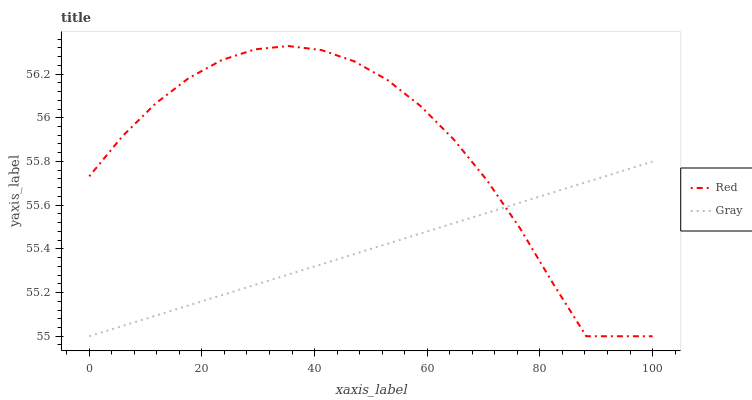
| xaxis_label | Red | Gray |
 | --- | --- | --- |
 | 0 | 55.7 | 55 |
 | 5.88 | 55.9 | 55 |
 | 11.8 | 56.1 | 55.1 |
 | 17.6 | 56.2 | 55.1 |
 | 23.5 | 56.3 | 55.2 |
 | 29.4 | 56.3 | 55.2 |
 | 35.3 | 56.3 | 55.3 |
 | 41.2 | 56.3 | 55.3 |
 | 47.1 | 56.3 | 55.4 |
 | 52.9 | 56.2 | 55.4 |
 | 58.8 | 56.1 | 55.5 |
 | 64.7 | 55.9 | 55.5 |
 | 70.6 | 55.7 | 55.6 |
 | 76.5 | 55.5 | 55.6 |
 | 82.4 | 55.2 | 55.7 |
 | 88.2 | 55 | 55.7 |
 | 94.1 | 55 | 55.8 |
 | 100 | 55 | 55.8 |